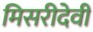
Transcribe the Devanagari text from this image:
मिसरीदेवी